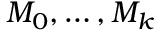
M _ { 0 } , \dots , M _ { k }